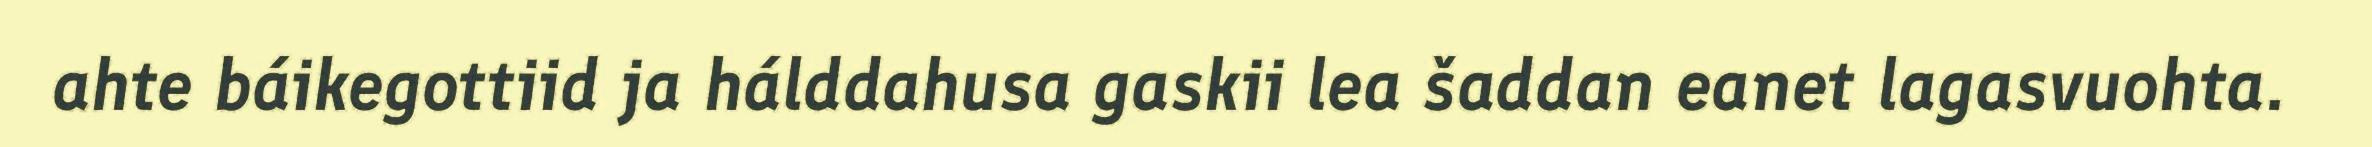
ahte báikegottiid ja hálddahusa gaskii lea šaddan eanet lagasvuohta.